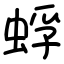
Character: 蜉